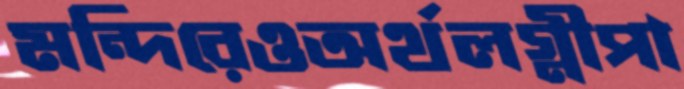
মন্দিরেওঅর্থলগ্নীপা